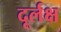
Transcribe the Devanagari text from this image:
दूर्लक्ष